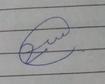
Signature authenticity: genuine